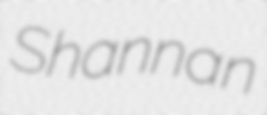
Shannan